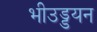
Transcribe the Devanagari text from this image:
भीउड्डयन